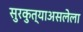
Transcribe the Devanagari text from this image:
सुरकुत्याअसलेला